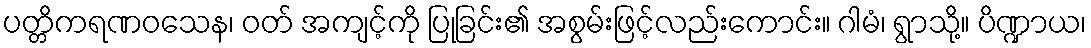
ပတ္တိကရဏဝသေန၊ ဝတ် အကျင့်ကို ပြုခြင်း၏ အစွမ်းဖြင့်လည်းကောင်း။ ဂါမံ၊ ရွာသို့။ ပိဏ္ဍာယ၊